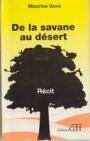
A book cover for De la savane au desert (French Edition); Maurice Guire; Travel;